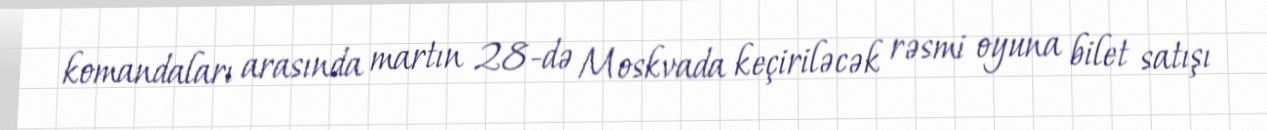
komandaları arasında martın 28-də Moskvada keçiriləcək rəsmi oyuna bilet satışı